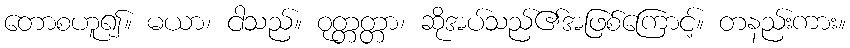
တောစဟူ၍။ မယာ၊ ငါသည်။ ဝုတ္တတ္တာ၊ ဆိုအပ်သည်၏အဖြစ်ကြောင့်။ တနည်းကား။